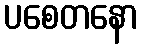
ပစေတနော